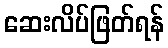
ဆေးလိပ်ဖြတ်ရန်